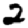
Digit: 2